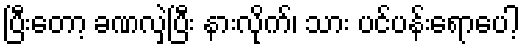
ပြီးတော့ ခဏလှဲပြီး နားလိုက်၊ သား ပင်ပန်းရောပေါ့